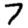
Digit: 7